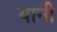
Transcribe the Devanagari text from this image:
यानी